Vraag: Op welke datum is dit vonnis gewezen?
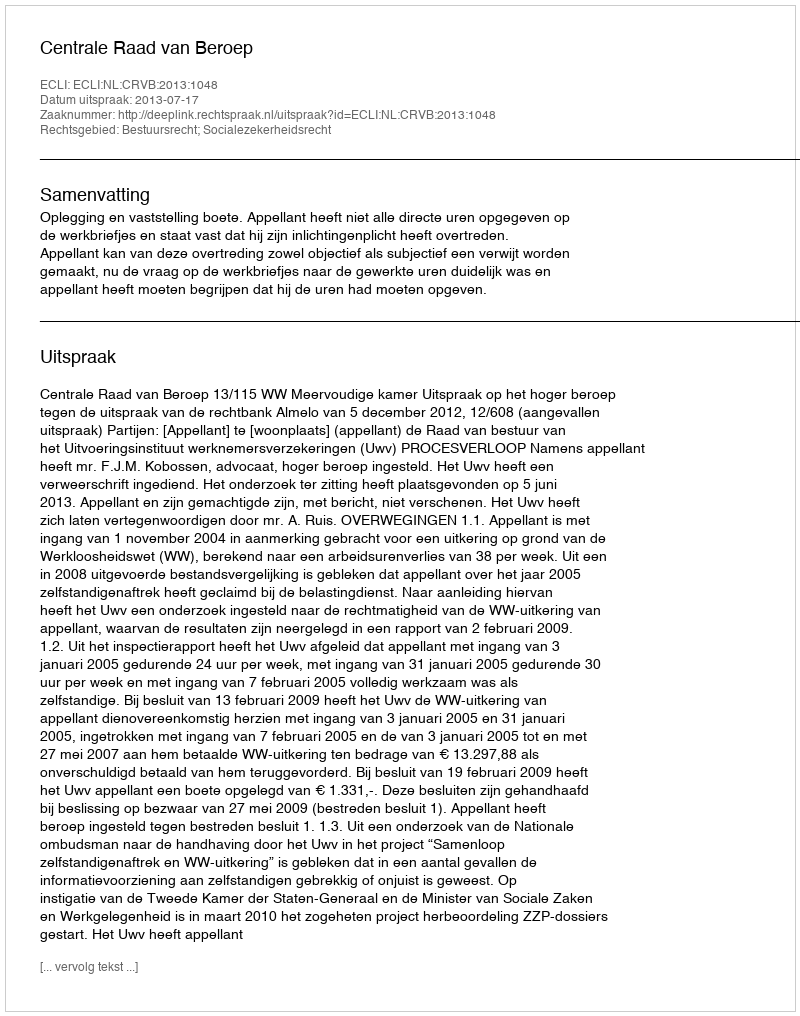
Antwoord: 2013-07-17